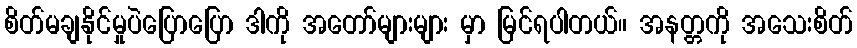
စိတ်မချနိုင်မှုပဲပြောပြော ဒါကို အတော်များများ မှာ မြင်ရပါတယ်။ အနတ္တကို အသေးစိတ်